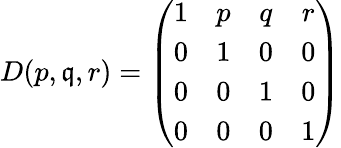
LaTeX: D(p,\mathfrak{q},r)=\left(\begin{array}{cccc}{{1}}&{{p}}&{{q}}&{{r}}\\ {{0}}&{{1}}&{{0}}&{{0}}\\ {{0}}&{{0}}&{{1}}&{{0}}\\ {{0}}&{{0}}&{{0}}&{{1}}\end{array}\right)